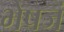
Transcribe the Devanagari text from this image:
भेषजं